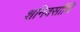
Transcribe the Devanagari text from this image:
शनिवर्सांथि